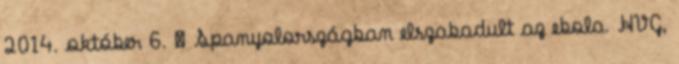
2014. október 6. ↑ Spanyolországban elszabadult az ebola. HVG,